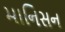
માનિસન